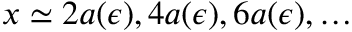
x \simeq 2 a ( \epsilon ) , 4 a ( \epsilon ) , 6 a ( \epsilon ) , \ldots